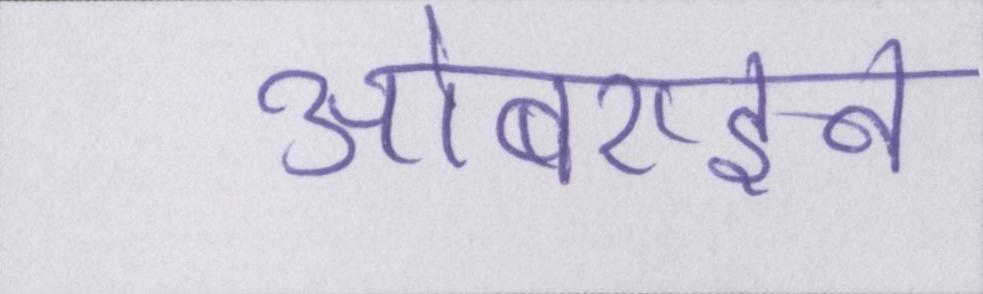
ओबराइन